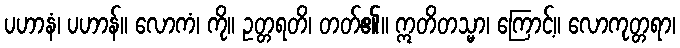
ပဟာနံ၊ ပဟာန်။ လောကံ၊ ကို။ ဥတ္တရတိ၊ တတ်၏။ ဣတိတသ္မာ၊ ကြောင့်။ လောကုတ္တရာ၊